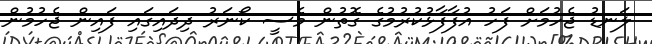
ލަނޑު ޖެހުމަށް ފަހު އުފާފާޅުކުރުމުގެ ގޮތުން މެސީ ކޯނަރު ދިދައިގައި ފައިން ޖެހުމުން